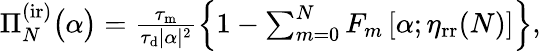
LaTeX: \begin{array}{r}{\Pi_{N}^{\mathrm{(ir)}}\big(\alpha\big)=\frac{\tau_{\mathrm{m}}}{\tau_{\mathrm{d}}|\alpha|^{2}}\left\{ 1-\sum_{m=0}^{N}F_{m}\left[\alpha;\eta_{\mathrm{rr}}(N)\right]\right\} ,}\end{array}